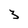
Character: 3